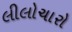
લીલોચારો